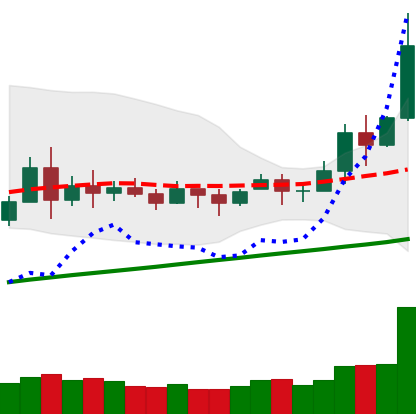
Ticker: BNB-USD
Chart end date: 2020-11-24
Forward return: -10.903%
Label: down_7plus